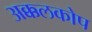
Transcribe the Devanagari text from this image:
अक्कलकोप